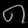
Digit: ၈